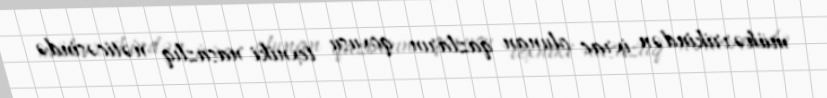
mühərrikindən ixrac olunan qazların qoxusu texniki nasazlıq nəticəsində